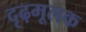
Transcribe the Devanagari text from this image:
दृढ़मूलक